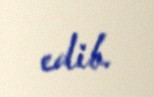
edib.